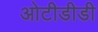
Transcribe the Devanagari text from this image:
ओटीडीडी